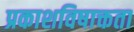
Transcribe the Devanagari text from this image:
प्रकाशविषाक्तता